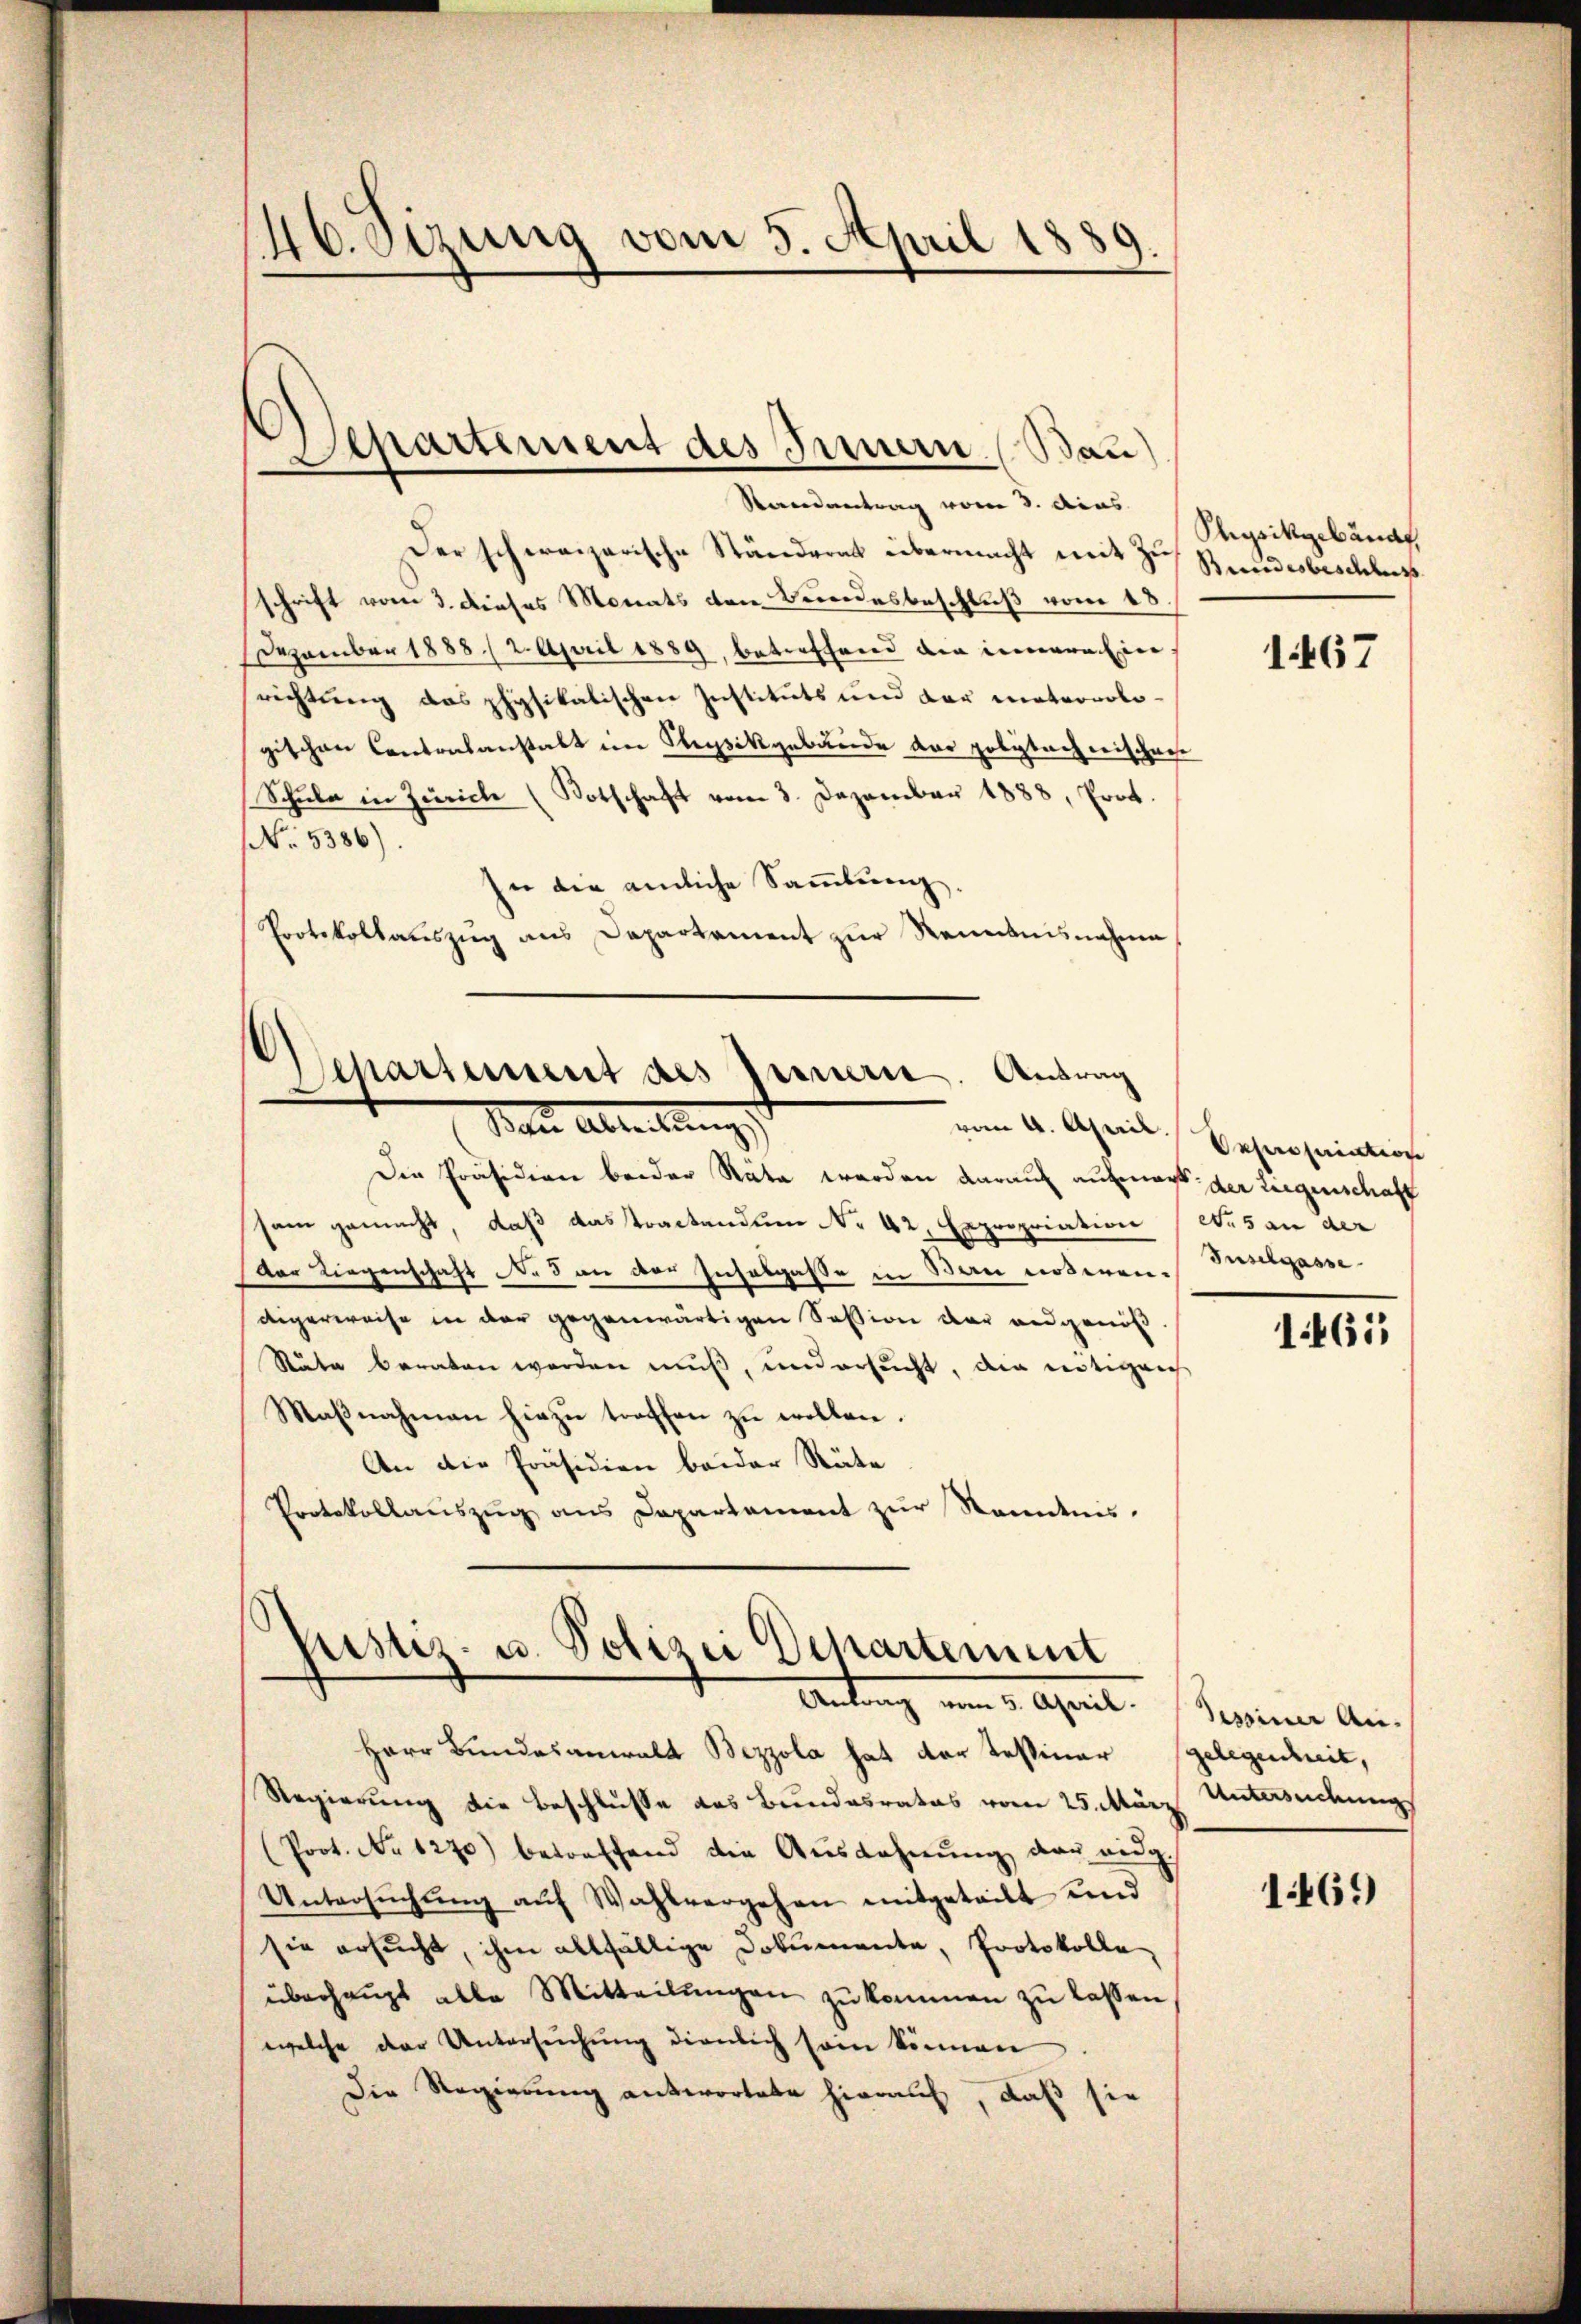
A.
146. Sizung vom 5. April 188,

Separtement des Innern (Bau)
Randantrag vom 3. Acas

Der schweizerische Ständerat übermacht mit Zu
schrift vom 3. dieses Monats den Bundesbeschluß vom 18.
Dezember 1888 / 2. April 1889, betreffend die innerhin
richtung das physikalischen Instituts und der meteorologischen Cantonsanstalt im Kleysikgebäude der politach reischehe
Schŭle in Zürich (Kotschaft vom 3. Dezember 1888, Prot.
NNo. 5386).
sie die ämliche Sammlung.
Protokollauszug aus Departament zur Renntnisnahme

Departement des Fernern. Antrag
Bau Alterlangs
vom 4. April.

Die Präsidien beider Räte werden darauf aufmacht der Liegenschaft
sam gemacht, daß das tractandum No 42, Expropriation des an der
Dor Liegenschaft No 3 an den Insolgasse in Bau erberen. Gustgasse
digerweise in der gegenwärtigen Session der angenöß
Stute beraten werden muß, und ersucht, den nötigens
Maβnahmann hiezu treffen zu wollen.
An die Präsidien beider Räte
Protokollauszug aus Departement zur Kenntnis.

ustiz- u. Polizei Departement
Antrag am 8. April. Seinen An-

Herr Bundesanwalt Bezzola hat der Tessiner gelegenheit,
Regierung die Beschlüsse das Bundesrates vom 25. März
(Prot. No 1270) betreffend die Aŭszahnŭng der eidg.
Untersŭchŭng aŭf Wahlvergehen mitgeteilt und
sie ersŭcht, ihm allfällige Dokumente, Protokolle
überhaŭpt alle Mitteilŭngen zŭ kommen zŭ lassen
welche der Untersuchung dienlich sein können
Die Regierung antwortete hierauf, daß sie

Physikgebände,
Bundesbeschluss

1467

Dessation

1461

Untersuchung

1469)